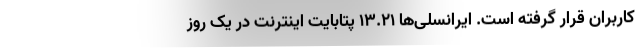
کاربران قرار گرفته است. ایرانسلی‌ها ۱۳.۲۱ پتابایت اینترنت در یک روز